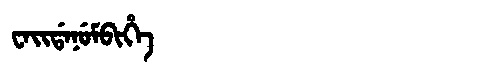
Manchu: ᠸᠠᡳᡩᠠᠨᡠᠮᠪᡳᡥᡝ
Romanization: WAIDANUMBIHE